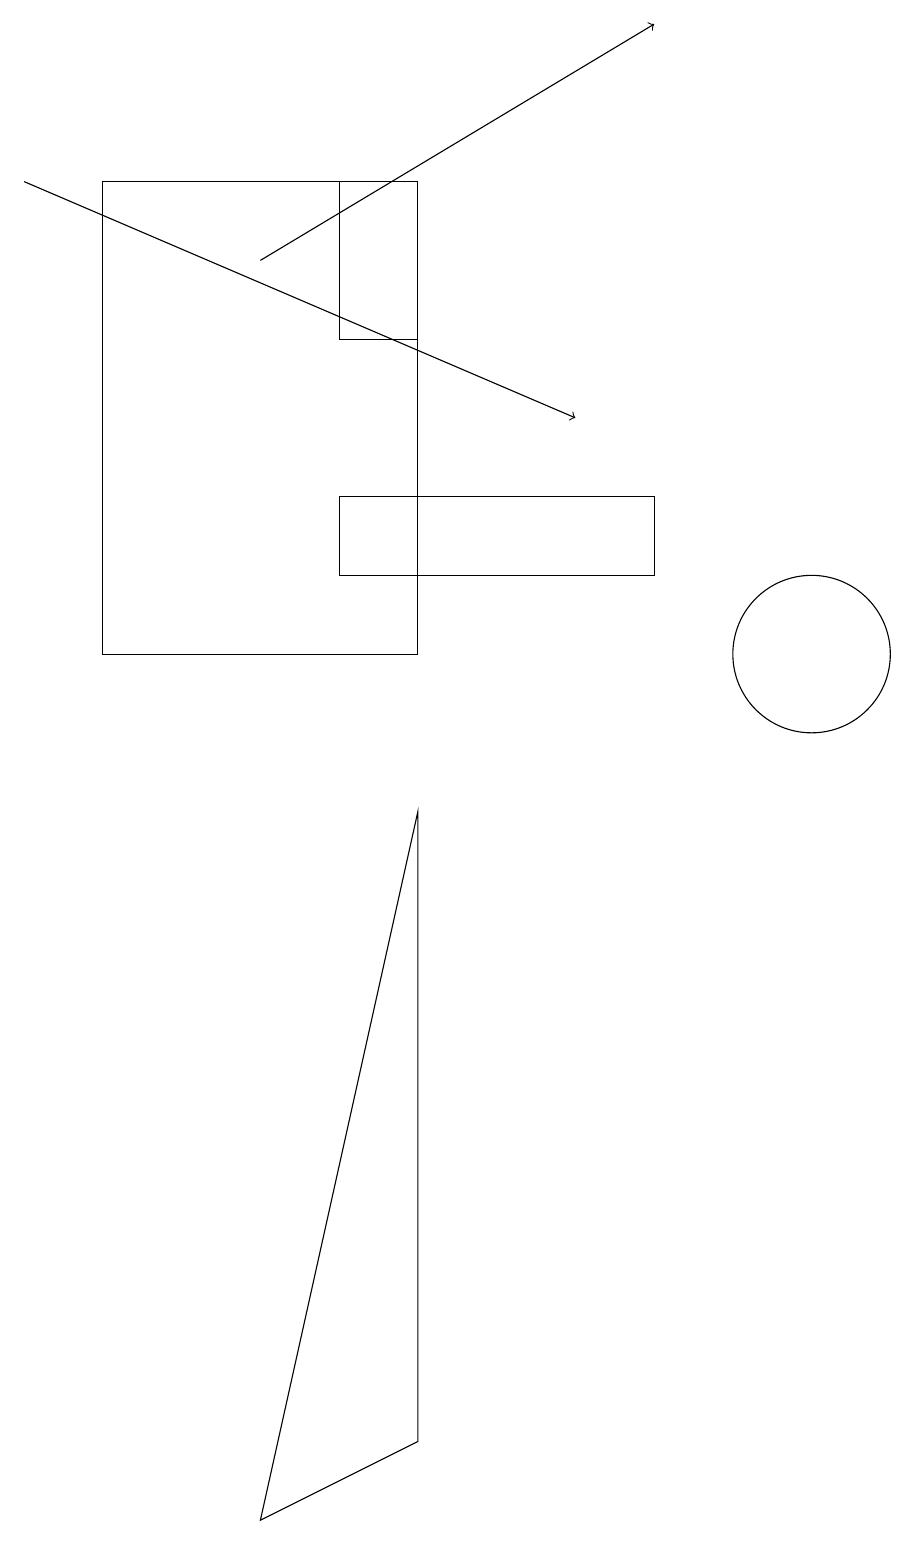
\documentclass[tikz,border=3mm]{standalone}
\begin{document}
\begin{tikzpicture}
\draw (9,12) rectangle (5,13);
\draw (2,17) rectangle (6,11);
\draw (11,11) circle (1);
\draw (5,15) rectangle (6,17);
\draw (4,0) -- (6,1) -- (6,9) -- cycle;
\draw[->] (1,17) -- (8,14);
\draw[->] (4,16) -- (9,19);
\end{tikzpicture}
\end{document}